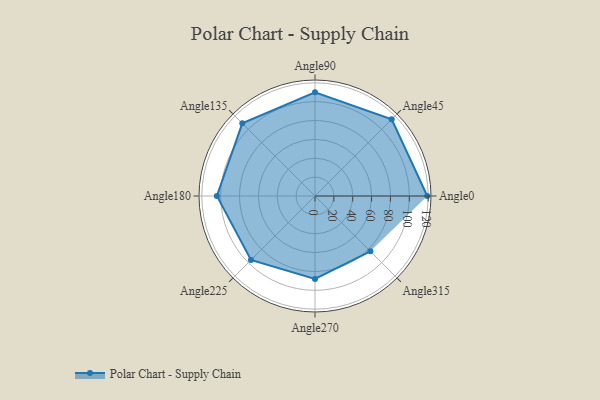
{"axis": {"x": "Angle", "y": "Radius"}, "legend": [""], "data": [{"x": "Angle0", "y": 119.0, "type": ""}, {"x": "Angle45", "y": 115.0, "type": ""}, {"x": "Angle90", "y": 110.0, "type": ""}, {"x": "Angle135", "y": 109.0, "type": ""}, {"x": "Angle180", "y": 104.0, "type": ""}, {"x": "Angle225", "y": 96.0, "type": ""}, {"x": "Angle270", "y": 88.0, "type": ""}, {"x": "Angle315", "y": 83.0, "type": ""}]}